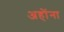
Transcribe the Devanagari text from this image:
अहोंना